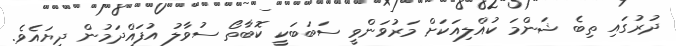
ދުރުގައި ތިބެ ޝަންމަ ކުއްލިއަކަށް މަރުވަންވީ ސަބަބަކީ ކޮބާތޯ ސުވާލު އުފައްދަމުން ދިޔައެވެ.